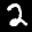
Label: 2